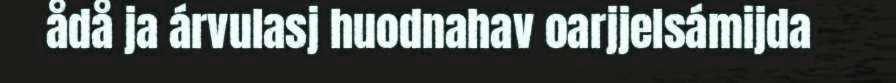
ådå ja árvulasj huodnahav oarjjelsámijda